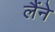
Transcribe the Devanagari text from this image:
लैंने